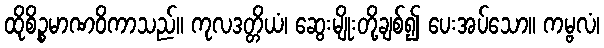
ထိုစိဉ္စမာဏဝိကာသည်။ ကုလဒတ္တိယံ၊ ဆွေးမျိုးတို့ချစ်၍ ပေးအပ်သော။ ကမ္ဗလံ၊